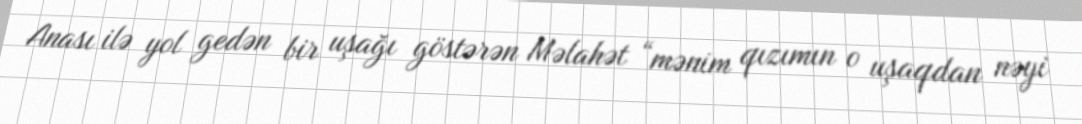
Anası ilə yol gedən bir uşağı göstərən Məlahət “mənim qızımın o uşaqdan nəyi